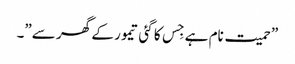
”حمیت نام ہے جِس کا گئی تیمور کے گھر سے”۔